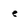
Character: e